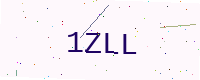
Text: 1ZLL